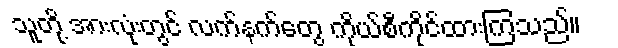
သူတို့ အားလုံးတွင် လက်နက်တွေ ကိုယ်စီကိုင်ထားကြသည်။